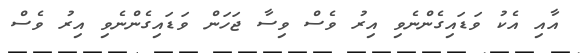
އާއި އެކު ވަޑައިގެންނެވި އިރު ވެސް ވިސާ ޖަހަން ވަޑައިގެންނެވި އިރު ވެސް